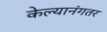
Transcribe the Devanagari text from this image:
केल्यानंगतर